Malarial fevers
Disease focus: Malaria
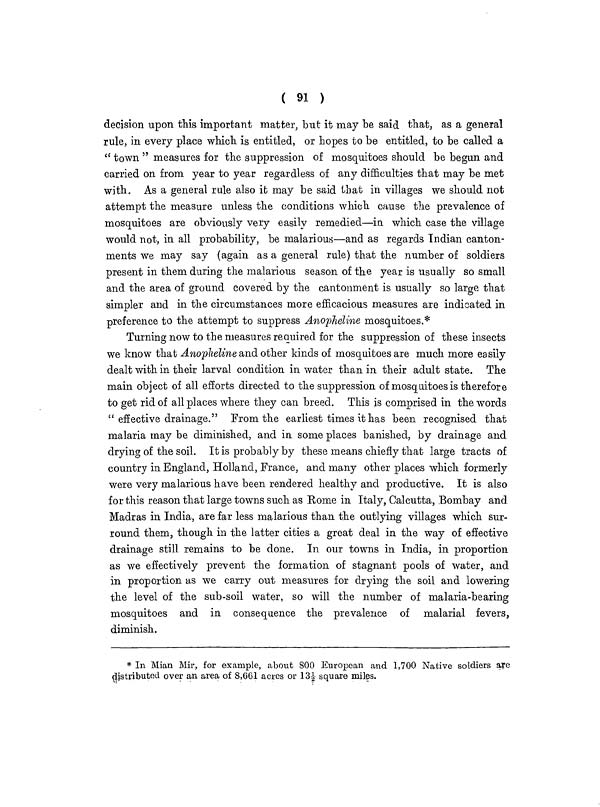
( 91 )
decision upon this important matter, but it may be said that, as a general
rule, in every place which is entitled, or hopes to be entitled, to be called a
" town " measures for the suppression of mosquitoes should be begun and
carried on from year to year regardless of any difficulties that may be met
with. As a general rule also it may be said that in villages we should not
attempt the measure unless the conditions which cause the prevalence of
mosquitoes are obviously very easily remedied—in which case the village
would not, in all probability, be malarious—and as regards Indian canton-
ments we may say (again as a general rule) that the number of soldiers
present in them during the malarious season of the year is usually so small
and the area of ground covered by the cantonment is usually so large that
simpler and in the circumstances more efficacious measures are indicated in
preference to the attempt to suppress Anopheline mosquitoes.*
Turning now to the measures required for the suppression of these insects
we know that Anopheline and other kinds of mosquitoes are much more easily
dealt with in their larval condition in water than in their adult state. The
main object of all efforts directed to the suppression of mosquitoes is therefore
to get rid of all places where they can breed. This is comprised in the words
" effective drainage." From the earliest times it has been recognised that
malaria may be diminished, and in some places banished, by drainage and
drying of the soil. It is probably by these means chiefly that large tracts of
country in England, Holland, France, and many other places which formerly
were very malarious have been rendered healthy and productive. It is also
for this reason that large towns such as Rome in Italy, Calcutta, Bombay and
Madras in India, are far less malarious than the outlying villages which sur-
round them, though in the latter cities a great deal in the way of effective
drainage still remains to be done. In our towns in India, in proportion
as we effectively prevent the formation of stagnant pools of water, and
in proportion as we carry out measures for drying the soil and lowering
the level of the sub-soil water, so will the number of malaria-bearing
mosquitoes and in consequence the prevalence of malarial fevers,
diminish.
* In Mian Mir, for example, about 800 European and 1,700 Native soldiers are
distributed over an area of 8,661 acres or 13½ square miles.